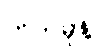
ကိတ်မုန့်